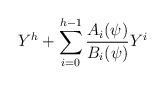
LaTeX: \begin{align*}Y^h+\sum _{i=0}^{h-1} \frac{A_i(\psi )}{B_i(\psi )} Y^i\end{align*}